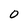
Character: 0